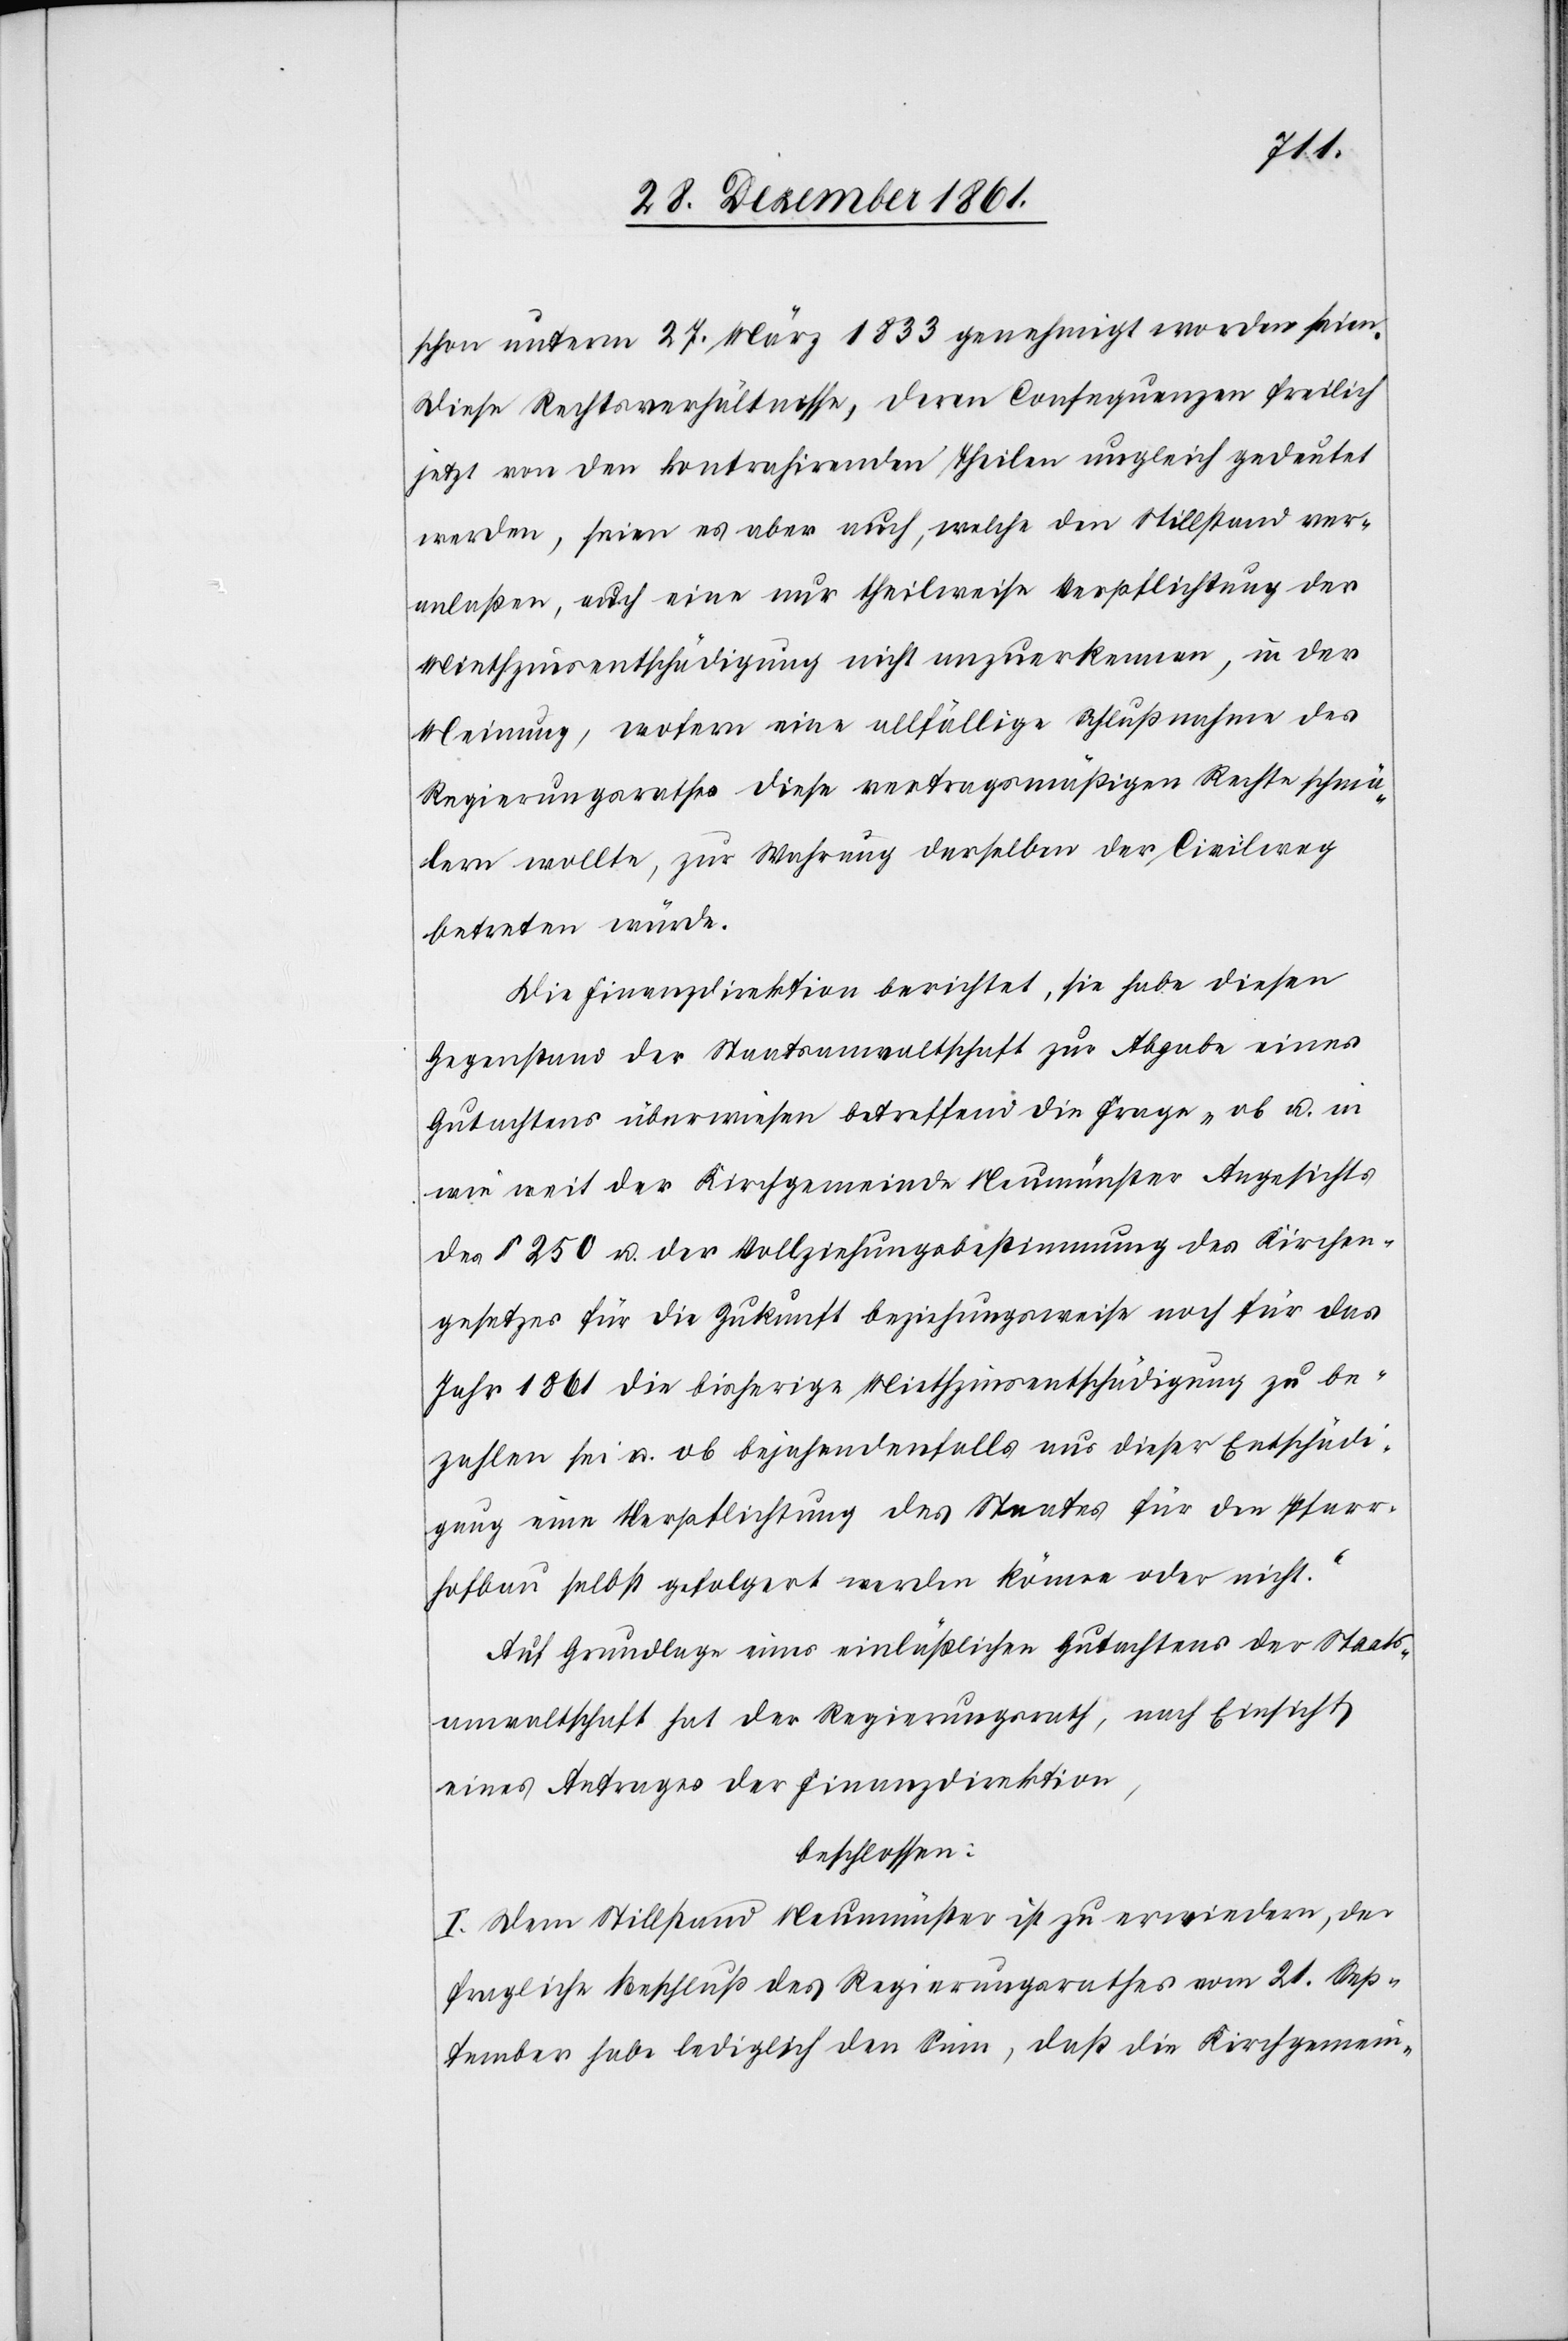
schon unterm 27 März 1833 genehmigt worden seien.
Diese Rechtsverhältnisse, deren Consequenzen freilich
jetzt von den kontrahirenden Theilen ungleich gedeutet
werden, seien es aber auch, welche den Stillstand ver¬
anlaßen, auch eine nur theilweise Verpflichtung der
Miethzinsentschädigung nicht anzuerkennen, in der
Meinung, wofern eine allfällige Schlußnahme des
Regierungsrathes diese vertragsmäßigen Rechte schmä¬
lern wollte, zur Wahrung desselben der Civilweg
betreten würde.
Die Finanzdirektion berichtet, sie habe diesen
Gegenstand der Staatsanwaltschaft zur Abgabe eines
Gutachtens überwiesen betreffend die Frage, „ob u. in
wie weit der Kirchgemeinde Neumünster Angesichts
des § 250 u. der Vollziehungsbestimmung des Kirchen¬
gesetzes für die Zukunft beziehungsweise noch für das
Jahr 1861 die bisherige Miethzinsentschädigung zu be¬
zahlen sei u. ob bejahendenfalls aus dieser Entschädi¬
gung eine Verpflichtung des Staates für den Pfarr¬
hofbau selbst gefolgert werden könne oder nicht.“
Auf Grundlage eines einläßlichen Gutachtens der Staats¬
anwaltschaft hat der Regierungsrath, nach Einsicht
eines Antrages der Finanzdirektion,
beschlossen:
I. Dem Stillstand Neumünster ist zu erwiedern, der
fragliche Beschluß des Regierungsrathes vom 21 Sep¬
tember habe lediglich den Sinn, daß die Kirchgemein-